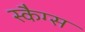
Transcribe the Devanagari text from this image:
स्कैग्स